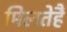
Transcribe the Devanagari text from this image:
मिलतेहैं